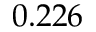
0 . 2 2 6